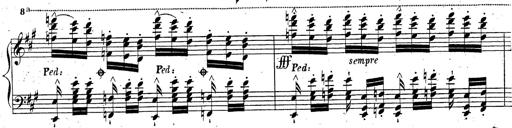
Title: Grande fantaisie sur la tyrolienne de l'opÃ©ra
Composer: Franz Liszt
Key: A major